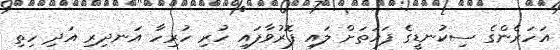
އަހަރެންގެ ސިކުނޑީގެ ފަހަތަށް ލައި ފޮރުވާފައި ހުރި ހުރިހާ އަނދިރި އަދި ހިތި